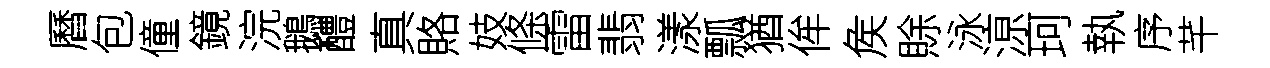
曆包僮鏡浣鵝醴真賂妓條雷翡漾瓢猶侔矦賖泳鿌珂執序芊